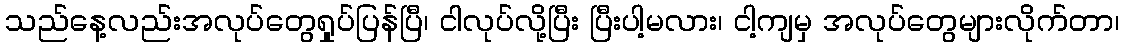
သည်နေ့လည်းအလုပ်တွေရှုပ်ပြန်ပြီ၊ ငါလုပ်လို့ပြီး ပြီးပါ့မလား၊ ငါ့ကျမှ အလုပ်တွေများလိုက်တာ၊